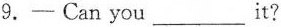
9.- Can you ___ it?